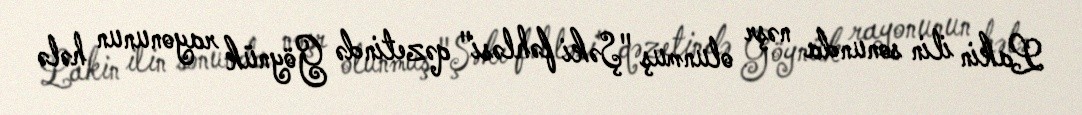
Lakin ilin sonunda nəşr olunmuş "Şəki fəhləsi" qəzetində Göynük rayonunun hələ